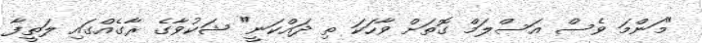
"މަންމަ ވެސް އަސްލަމް ގޮތަށް ވާހަކަ ތި ދައްކަނީ" ޝަކުވާގެ ރާގެއްގައި ލަތީފާ